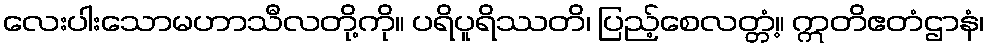
လေးပါးသောမဟာသီလတို့ကို။ ပရိပူရိဿတိ၊ ပြည့်စေလတ္တံ့။ ဣတိဧတံဌာနံ၊